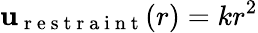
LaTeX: \mathbf{u}_{\mathrm{{~r~e~s~t~r~a~i~n~t~}}}(r)=kr^{2}